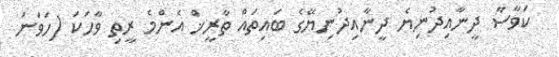
ކަވާސާ ދީނާއިދުނިޔެ ދީނާއިދުނިޔޭގެ ބައިތައް ތާރީޚް އެންމެ ރީތި ވާހަކަ (ހަވަނަ